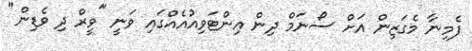
ފެމިނާ މެގަޒިން އަށް ސޯނަމް ދިން އިންޓަވިއުއެއްގައި ވަނީ "ވީރް ދި ވެޑިން"